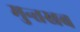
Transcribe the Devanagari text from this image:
मुन्तखब